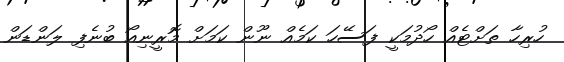
ހުރިހާ ތަށްޓެއް ހޯދުމަކީ ފަސޭހަ ކަމެއް ނޫން ކަމަށް މޮރީނިއޯ ބުނެފި ލަންޑަން